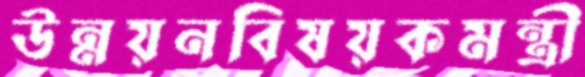
উন্নয়নবিষয়কমন্ত্রী